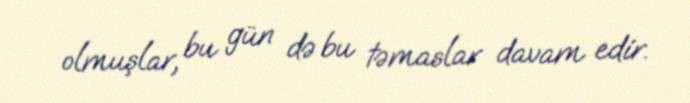
olmuşlar, bu gün də bu təmaslar davam edir.